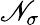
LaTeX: \mathscr{N}_{\sigma}